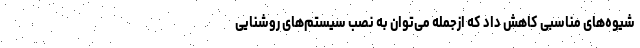
شیوه‌های مناسبی کاهش داد که ازجمله می‌توان به نصب سیستم‌های روشنایی